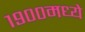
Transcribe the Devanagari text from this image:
१९००मध्ये